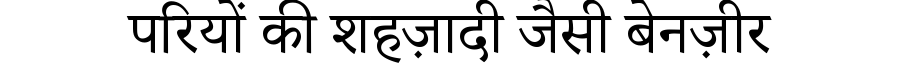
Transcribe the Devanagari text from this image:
परियों की शहज़ादी जैसी बेनज़ीर